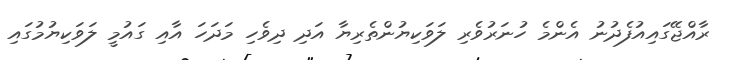
ރާއްޖޭގައިއުފެދުނު އެންމެ ހުނަރުވެރި ލަވަކިޔުންތެރިޔާ އަދި ދިވެހި މަދަހަ އާއި ގައުމީ ލަވަކިޔުމުގައި